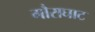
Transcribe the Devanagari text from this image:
गौराघाट